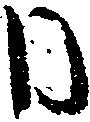
日